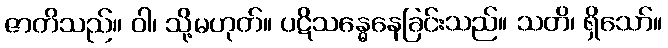
ဇာတိသည်။ ဝါ၊ သို့မဟုတ်။ ပဋိသန္ဓေနေခြင်းသည်။ သတိ၊ ရှိသော်။